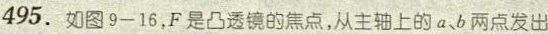
495.如图9-16，F是凸透镜的焦点，从主轴上的a、b两点发出